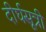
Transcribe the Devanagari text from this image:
दीर्घसूत्री